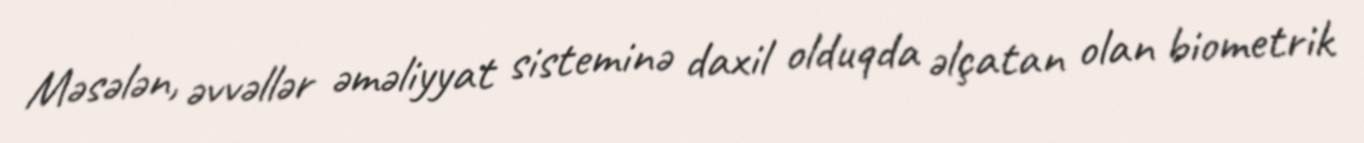
Məsələn, əvvəllər əməliyyat sisteminə daxil olduqda əlçatan olan biometrik